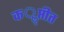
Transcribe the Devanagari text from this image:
कॢप्तीत